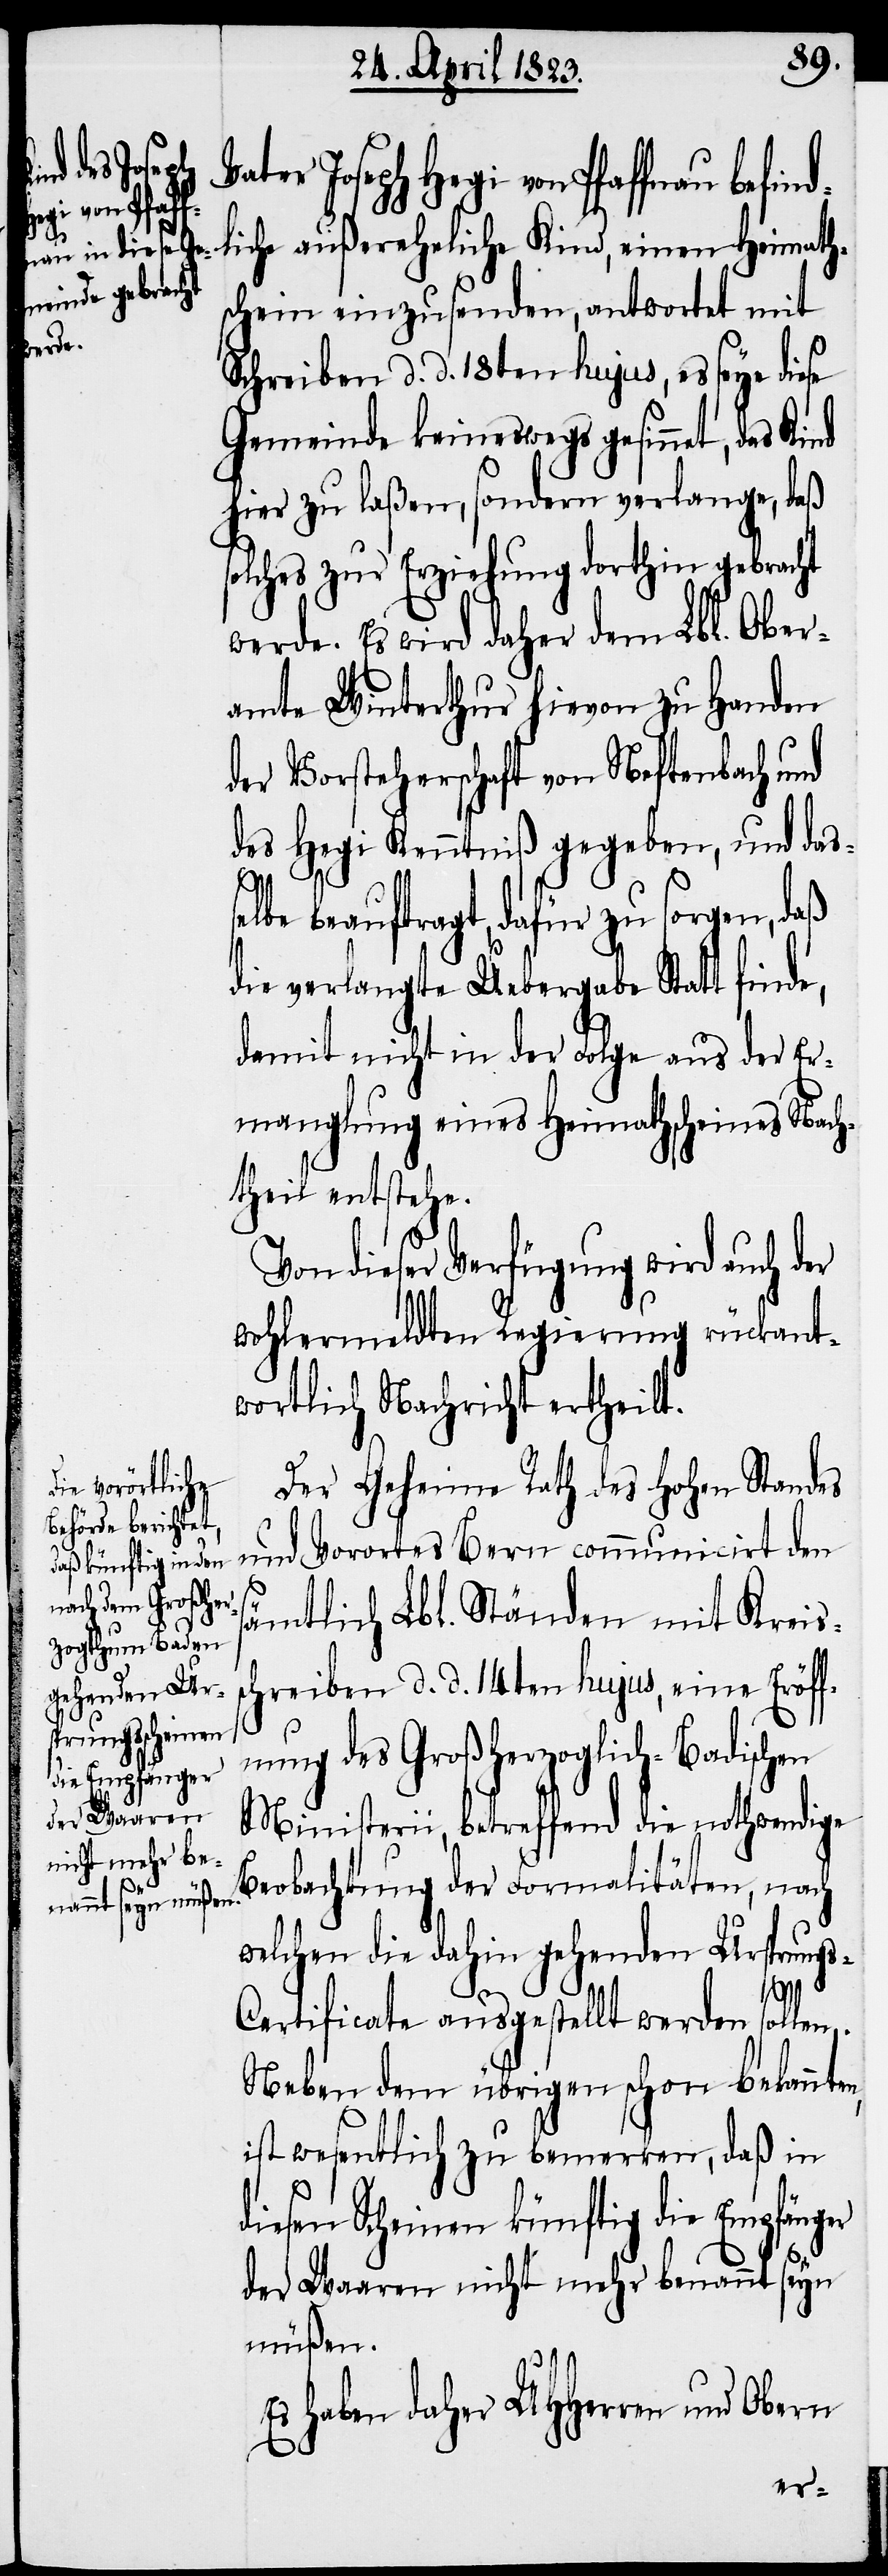
Vater Joseph Hegi von Pfaffnau befi¬
liche außereheliche Kind, einen Heimaths¬
chein einzusenden, antwortet mit
Schreiben d. d. 18ten hujus, es seye diese
Gemeinde keineswegs gesinnet, das
hier zu laßen, sondern verlange, daß
solches zur Erziehung dorthin gebracht
werde. Es wird daher dem Lbl. Ober¬
amte Winterthur hievon zu Handen
der Vorsteherschaft von Neftenbach und
des Hegi Kenntniß gegeben, und das¬
lbe beauftragt, dafür zu sorgen, daß
die verlangte Uebergabe Statt finde,
damit nicht in der Folge aus der Er¬
manglung eines Heimathscheines Nach¬
theil entstehe.
Von dieser Verfügung wird auch der
wohlermeldten Regierung rückant¬
wortlich Nachricht ertheilt.
Der Geheime Rath des hohen Standes
und Vorortes Bern communicirt den
sämtlich Lbl. Ständen mit Kreiss¬
chreiben d. d. 14ten hujus, eine Eröff¬
nung des Großherzoglich-Badischen
Ministerii, betreffend die nothwendige
Beobachtung der Formalitäten, nach
welchen die dahin gehenden Ursprung¬
n,
s-Certificate ausgestellt werden sollen.
Neben dem übrigen schon bekannte¬
ist wesentlich zu bemerken, daß in
diesen Scheinen künftig die Empfänger
der Waaren nicht mehr benannt seyn
müßen.
Es haben daher UHHerren und Obern